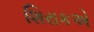
શિરાકએ